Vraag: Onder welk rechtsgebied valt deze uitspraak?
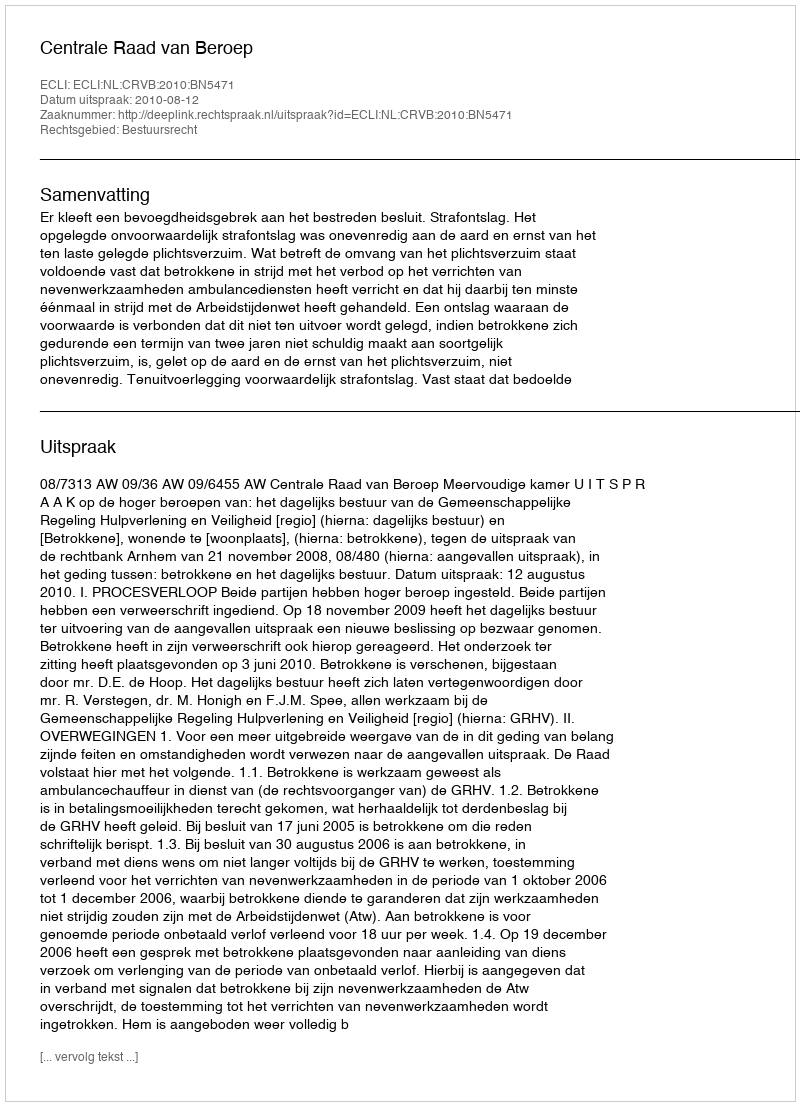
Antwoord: Bestuursrecht